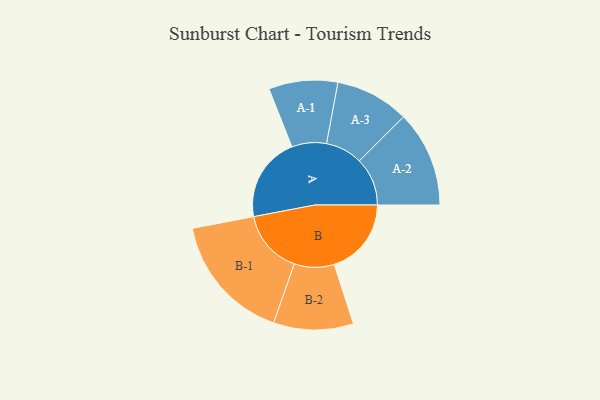
{"axis": {"x": "Segment", "y": "Value"}, "legend": ["", "A", "B"], "data": [{"x": "A", "y": 312, "type": ""}, {"x": "B", "y": 284, "type": ""}, {"x": "A-1", "y": 127, "type": "A"}, {"x": "A-2", "y": 177, "type": "A"}, {"x": "A-3", "y": 136, "type": "A"}, {"x": "B-1", "y": 236, "type": "B"}, {"x": "B-2", "y": 147, "type": "B"}]}